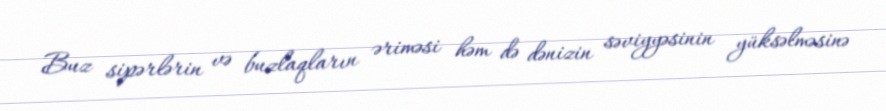
Buz sipərlərin və buzlaqların əriməsi həm də dənizin səviyyəsinin yüksəlməsinə